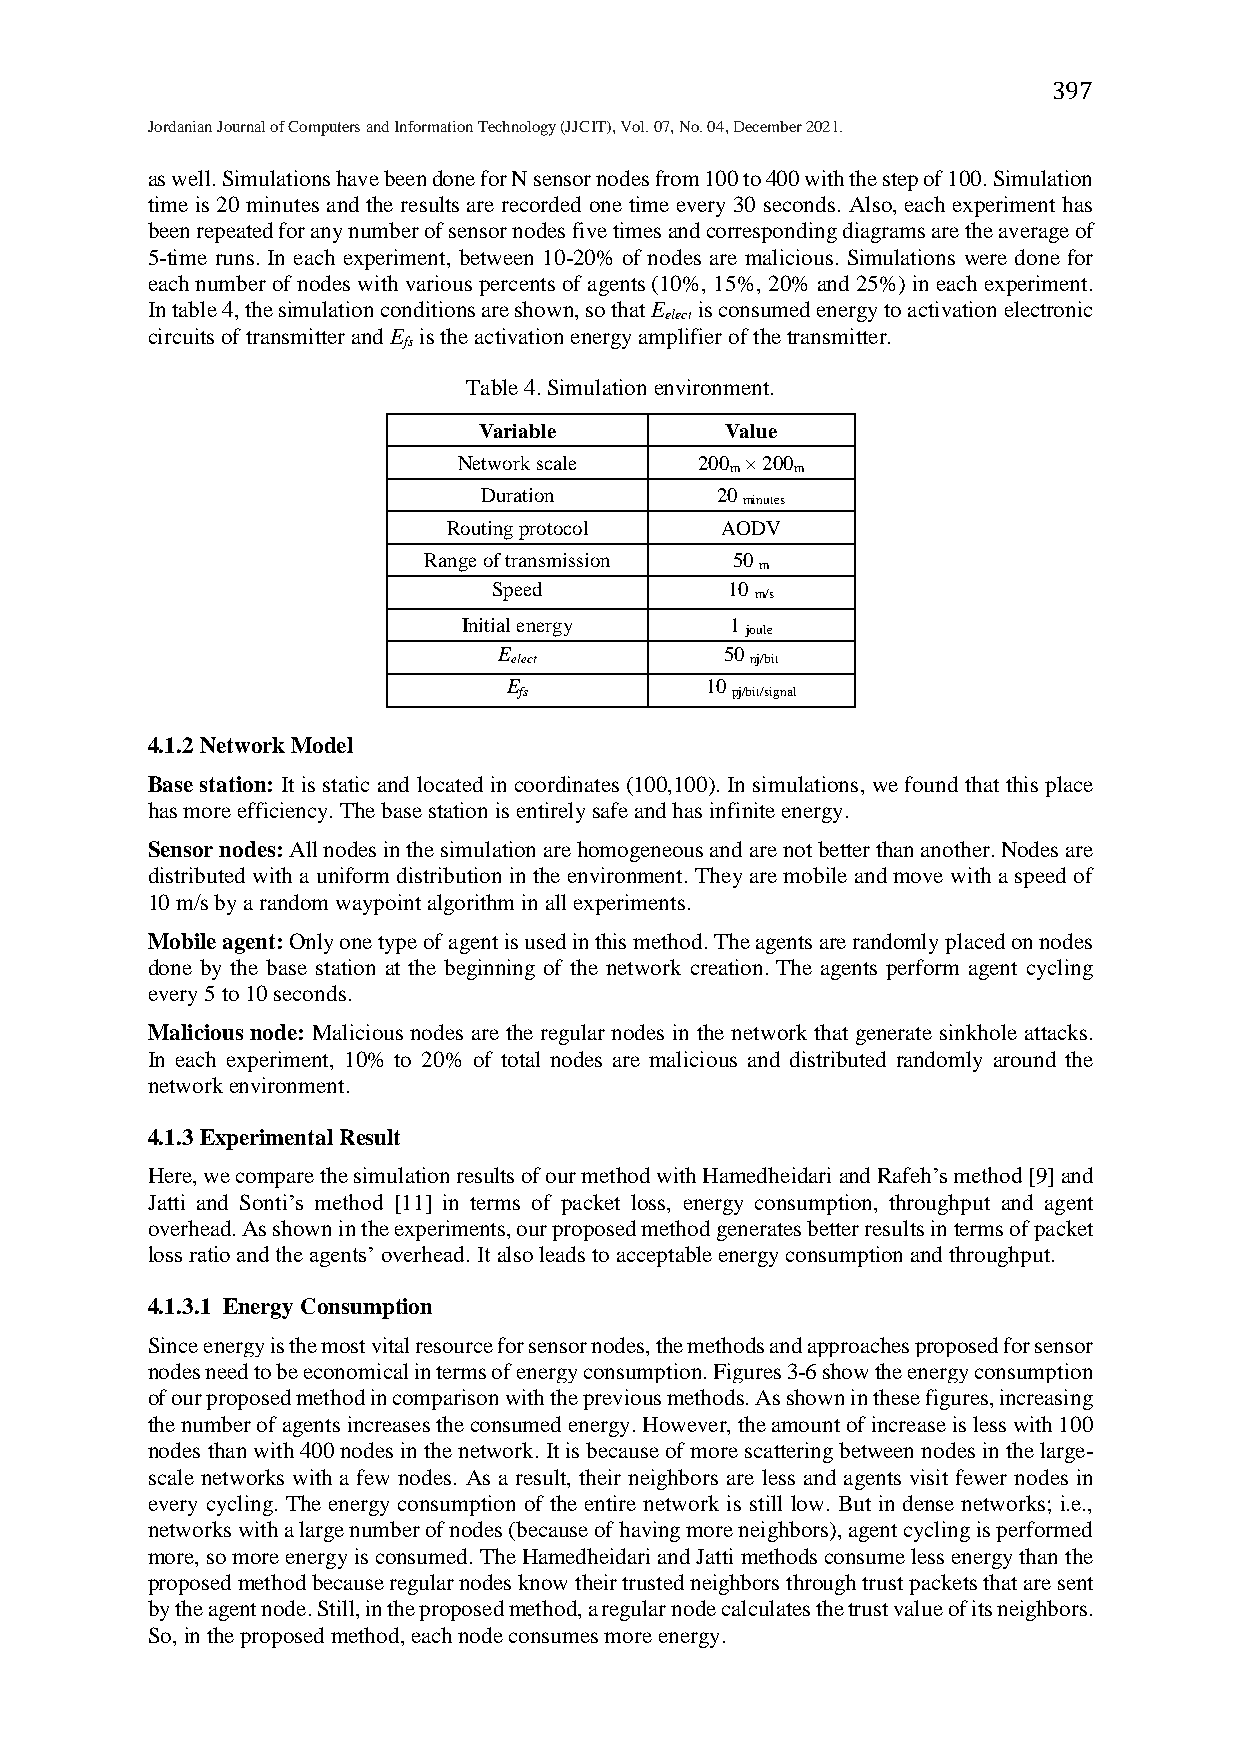
397
 Jordanian Journal of Computers and Information Technology (JJCIT), Vol. 07, No. 04, December 2021.
 as well. Simulations have been done for N sensor nodes from 100 to 400 with the step of 100. Simulation
 time is 20 minutes and the results are recorded one time every 30 seconds. Also, each experiment has
 been repeated for any number of sensor nodes five times and corresponding diagrams are the average of
 5-time runs. In each experiment, between 10-20% of nodes are malicious. Simulations were done for
 each number of nodes with various percents of agents (10%, 15%, 20% and 25%) in each experiment.
 In table 4, the simulation conditions are shown, so that E is consumed energy to activation electronic
 elect
 circuits of transmitter and E is the activation energy amplifier of the transmitter.
 fs
 Table 4. Simulation environment.
 Variable        Value
 Network scale   200 × 200
 m    m
 Duration       20
 minutes
 Routing protocol  AODV
 Range of transmission 50
 m
 Speed          10
 m/s
 Initial energy   1
 joule
 E              50
 elect           nj/bit
 E            10
 fs            pj/bit/signal
 4.1.2 Network Model
 Base station: It is static and located in coordinates (100,100). In simulations, we found that this place
 has more efficiency. The base station is entirely safe and has infinite energy.
 Sensor nodes: All nodes in the simulation are homogeneous and are not better than another. Nodes are
 distributed with a uniform distribution in the environment. They are mobile and move with a speed of
 10 m/s by a random waypoint algorithm in all experiments.
 Mobile agent: Only one type of agent is used in this method. The agents are randomly placed on nodes
 done by the base station at the beginning of the network creation. The agents perform agent cycling
 every 5 to 10 seconds.
 Malicious node: Malicious nodes are the regular nodes in the network that generate sinkhole attacks.
 In each experiment, 10% to 20% of total nodes are malicious and distributed randomly around the
 network environment.
 4.1.3 Experimental Result
 Here, we compare the simulation results of our method with Hamedheidari and Rafeh’s method [9] and
 Jatti and Sonti’s method [11] in terms of packet loss, energy consumption, throughput and agent
 overhead. As shown in the experiments, our proposed method generates better results in terms of packet
 loss ratio and the agents’ overhead. It also leads to acceptable energy consumption and throughput.
 4.1.3.1 Energy Consumption
 Since energy is the most vital resource for sensor nodes, the methods and approaches proposed for sensor
 nodes need to be economical in terms of energy consumption. Figures 3-6 show the energy consumption
 of our proposed method in comparison with the previous methods. As shown in these figures, increasing
 the number of agents increases the consumed energy. However, the amount of increase is less with 100
 nodes than with 400 nodes in the network. It is because of more scattering between nodes in the large-
 scale networks with a few nodes. As a result, their neighbors are less and agents visit fewer nodes in
 every cycling. The energy consumption of the entire network is still low. But in dense networks; i.e.,
 networks with a large number of nodes (because of having more neighbors), agent cycling is performed
 more, so more energy is consumed. The Hamedheidari and Jatti methods consume less energy than the
 proposed method because regular nodes know their trusted neighbors through trust packets that are sent
 by the agent node. Still, in the proposed method, a regular node calculates the trust value of its neighbors.
 So, in the proposed method, each node consumes more energy.